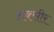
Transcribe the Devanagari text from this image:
अक्सीर